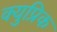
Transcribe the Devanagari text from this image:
क्युप्रिक